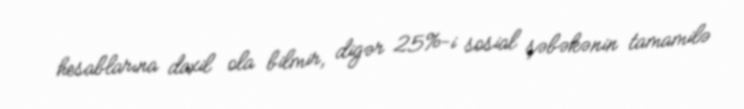
hesablarına daxil ola bilmir, digər 25%-i sosial şəbəkənin tamamilə